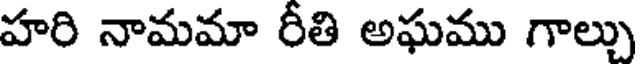
హరి నామమా రీతి అఘము గాల్చు